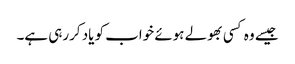
جیسے وہ کسی بھولے ہوئے خواب کو یاد کررہی ہے۔